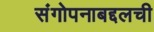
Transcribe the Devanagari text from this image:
संगोपनाबद्दलची